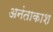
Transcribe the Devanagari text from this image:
अनंताकाश